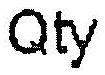
QTY